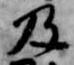
及